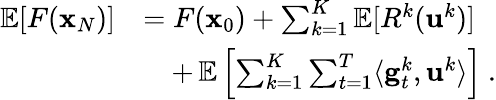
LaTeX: \begin{array}{rl}{\mathop{\mathbb{E}}[F({\mathbf x}_{N})]}&{=F({\mathbf x}_{0})+\sum_{k=1}^{K}\mathop{\mathbb{E}}[R^{k}(\mathbf{u}^{k})]}\\ &{\quad+\mathop{\mathbb{E}}\left[\sum_{k=1}^{K}\sum_{t=1}^{T}\langle\mathbf{g}_{t}^{k},\mathbf{u}^{k}\rangle\right]~.}\end{array}